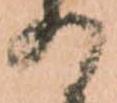
の